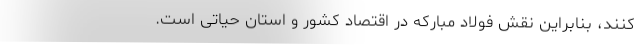
کنند، بنابراین نقش فولاد مبارکه در اقتصاد کشور و استان حیاتی است.